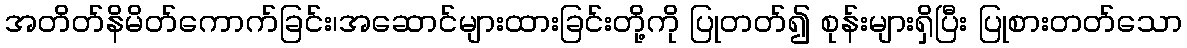
အတိတ်နိမိတ်ကောက်ခြင်း၊အဆောင်များထားခြင်းတို့ကို ပြုတတ်၍ စုန်းများရှိပြီး ပြုစားတတ်သော